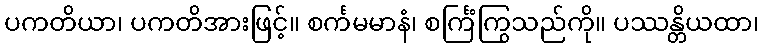
ပကတိယာ၊ ပကတိအားဖြင့်။ စင်္ကမမာနံ၊ စင်္ကြံကြွသည်ကို။ ပဿန္တိယထာ၊